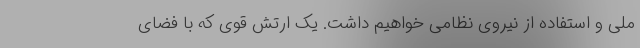
ملی و استفاده از نیروی نظامی خواهیم داشت. یک ارتش قوی که با فضای